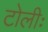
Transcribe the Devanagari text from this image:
टोलीः